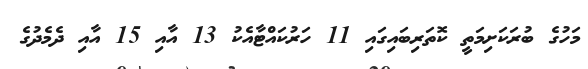
މަހުގެ ބުރަކަށިމަތީ ކޮތަރިބައިގައި 11 ހަރުކައްޓާއެކު 13 އާއި 15 އާއި ދެމެދުގެ